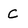
Character: c